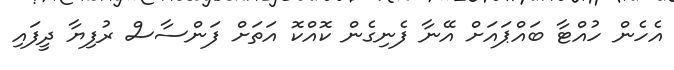
އެހެން ހުއްޓާ ބައްޕައަށް އޭނާ ފެނިގެން ކޮއްކޮ އަތަށް ފަންސާސް ރުފިޔާ ދީފައި